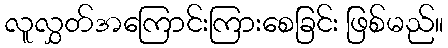
လူလွှတ်အကြောင်းကြားစေခြင်း ဖြစ်မည်။